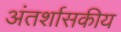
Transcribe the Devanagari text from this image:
अंतर्शासकीय